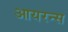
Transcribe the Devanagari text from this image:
आयरन्‍स